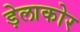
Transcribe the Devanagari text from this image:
ड़ेलाकोर